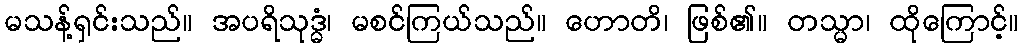
မသန့်ရှင်းသည်။ အပရိသုဒ္ဓံ၊ မစင်ကြယ်သည်။ ဟောတိ၊ ဖြစ်၏။ တသ္မာ၊ ထိုကြောင့်။